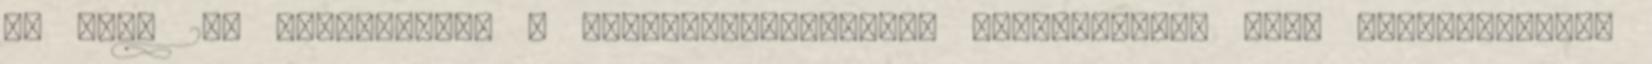
az ENSZ 24. klímacsúcsa a dél-lengyelországi Katowicében, hogy véglegesítsék